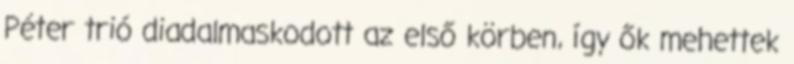
Péter trió diadalmaskodott az első körben, így ők mehettek